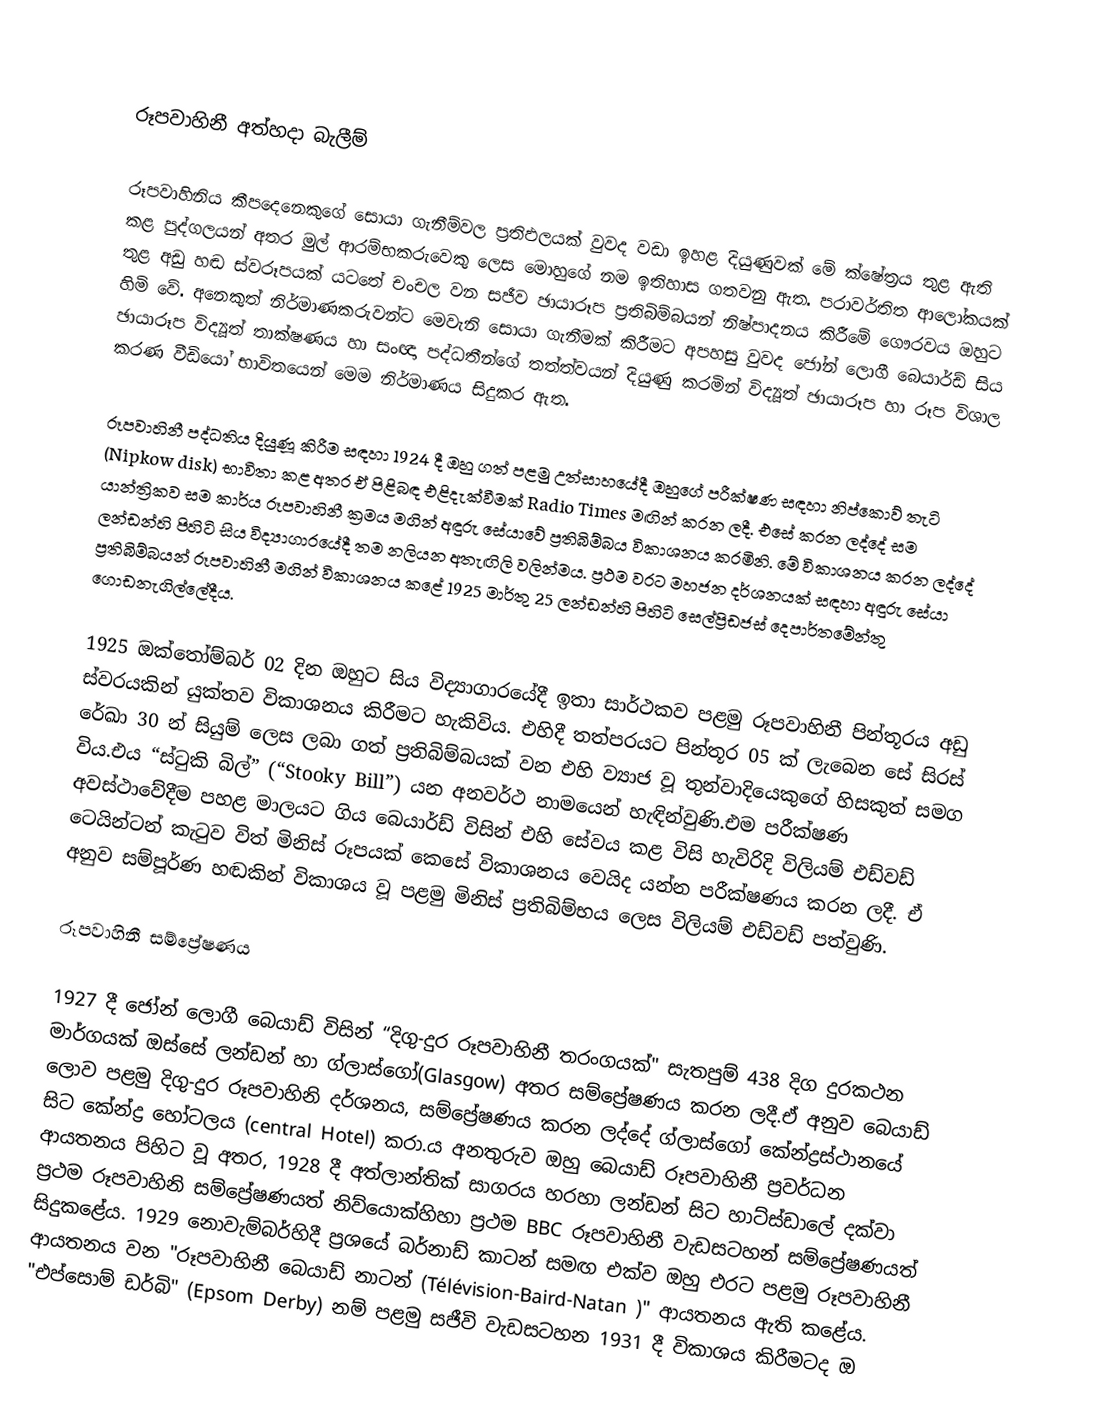

රූපවාහිනී අත්හදා බැලීම්

රූපවාහිනිය කීපදෙනෙකුගේ සොයා ගැනීම්වල ප්‍රතිඵලයක් වුවද වඩා ඉහළ දියුණුවක් මේ ක්ෂේත්‍රය තුළ ඇති කළ පුද්ගලයන් අතර මුල් ආරම්භකරුවෙකු ලෙස මොහුගේ නම ඉතිහාස ගතවනු ඇත. පරාවර්තිත ආලෝකයක් තුළ අඩු හඬ ස්වරූපයක් යටතේ චංචල වන සජීව ඡායාරූප ප්‍රතිබිම්බයන් නිෂ්පාදනය කිරීමේ ගෞරවය ඔහුට හිමි වේ. අනෙකුත් නිර්මාණකරුවන්ට මෙවැනි සොයා ගැනීමක් කිරීමට අපහසු වුවද ජෝන් ලොගී බෙයාර්ඩ් සිය ඡායාරූප විද්‍යූත් තාක්ෂණය හා සංඥා පද්ධතීන්ගේ තත්ත්වයන් දියුණු කරමින් විද්‍යූත් ඡායාරූප හා රූප විශාල කරණ වීඩියෝ භාවිතයෙන් මෙම නිර්මාණය සිදුකර ඇත.

රූපවාහිනී පද්ධතිය දියුණූ කිරීම සඳහා 1924 දී ඔහු ගත් පළමු උත්සාහයේදී ඔහුගේ පරීක්ෂණ සඳහා නිප්කොව් තැටි (Nipkow disk) භාවිතා කළ අතර ඒ පිළිබඳ එළිදැක්වීමක් Radio Times මඟින් කරන ලදී. එසේ කරන ලද්දේ සම යාන්ත්‍රිකව සම කාර්ය රූපවාහිනී ක්‍රමය මගින් අඳුරු සේයාවේ ප්‍රතිබිම්බය විකාශනය කරමිනි. මේ විකාශනය කරන ලද්දේ ලන්ඩන්හි පිහිටි සිය විද්‍යාගාරයේදී තම නලියන අතැඟිලි වලින්මය. ප්‍රථම වරට මහජන දර්ශනයක් සඳහා අඳුරු සේයා ප්‍රතිබිම්බයන් රූපවාහිනී මගින් විකාශනය කළේ 1925 මාර්තු 25 ලන්ඩන්හි පිහිටි සෙල්ප්‍රිඩජස් දෙපාර්තමේන්තු ගොඩනැගිල්ලේදීය.

1925 ඔක්තෝම්බර් 02 දින ඔහුට සිය විද්‍යාගාරයේදී ඉතා සාර්ථකව පළමු රූපවාහිනී පින්තූරය අඩු ස්වරයකින් යුක්තව විකාශනය කිරීමට හැකිවිය. එහිදී තත්පරයට පින්තූර 05 ක් ලැබෙන සේ සිරස් රේඛා 30 න් සියුම් ලෙස ලබා ගත් ප්‍රතිබිම්බයක් වන එහි ව්‍යාජ වූ තුන්වාදියෙකුගේ හිසකුත් සමග විය.එය “ස්ටුකි බිල්” (“Stooky Bill”) යන අනවර්ථ නාමයෙන් හැඳින්වුණි.එම පරීක්ෂණ අවස්ථාවේදීම පහළ මාලයට ගිය බෙයාර්ඩ් විසින් එහි සේවය කළ විසි හැවිරිදි විලියම් එඩ්වඩ් ටෙයින්ටන් කැටුව විත් මිනිස් රූපයක් කෙසේ විකාශනය වෙයිද යන්න පරීක්ෂණය කරන ලදී. ඒ අනුව සම්පූර්ණ හඬකින් විකාශය වූ පළමු මිනිස් ප්‍රතිබිම්භය ලෙස විලියම් එඩ්වඩ් පත්වුණි.

රූපවාහිනී සම්ප්‍රේෂණය

1927 දී ජෝන් ලොගී බෙයාඩ් විසින් “දිගු-දුර රූපවාහිනී තරංගයක්"  සැතපුම් 438 දිග දුරකථන මාර්ගයක් ඔස්සේ ලන්ඩන් හා ග්ලාස්ගෝ(Glasgow) අතර සම්ප්‍රේෂණය කරන ලදී.ඒ අනුව බෙයාඩ් ලොව පළමු දිගු-දුර රූපවාහිනි දර්ශනය, සම්ප්‍රේෂණය කරන ලද්දේ ග්ලාස්ගෝ කේන්ද්‍රස්ථානයේ සිට කේන්ද්‍ර හෝටලය (central Hotel) කරා.ය අනතුරුව ඔහු බෙයාඩ් රූපවාහිනී ප්‍රවර්ධන ආයතනය පිහිට වූ අතර, 1928 දී අත්ලාන්තික් සාගරය හරහා ලන්ඩන් සිට හාට්ස්ඩාලේ දක්වා ප්‍රථම රූපවාහිනි සම්ප්‍රේෂණයත් නිව්යොක්හිහා ප්‍රථම BBC රූපවාහිනී වැඩසටහන් සම්ප්‍රේෂණයත් සිදුකළේය. 1929 නොවැම්බර්හිදී ප්‍රශයේ බර්නාඩ් කාටන් සමඟ  එක්ව ඔහු එරට පළමු රූපවාහිනී ආයතනය වන "රූපවාහිනී බෙයාඩ් නාටන් (Télévision-Baird-Natan )" ආයතනය ඇති කළේය. "එප්සොම් ඩර්බි" (Epsom Derby) නම් පළමු සජීවි වැඩසටහන 1931 දී විකාශය කිරීමටද ඔ